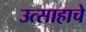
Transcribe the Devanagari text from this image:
उत्साहाचे